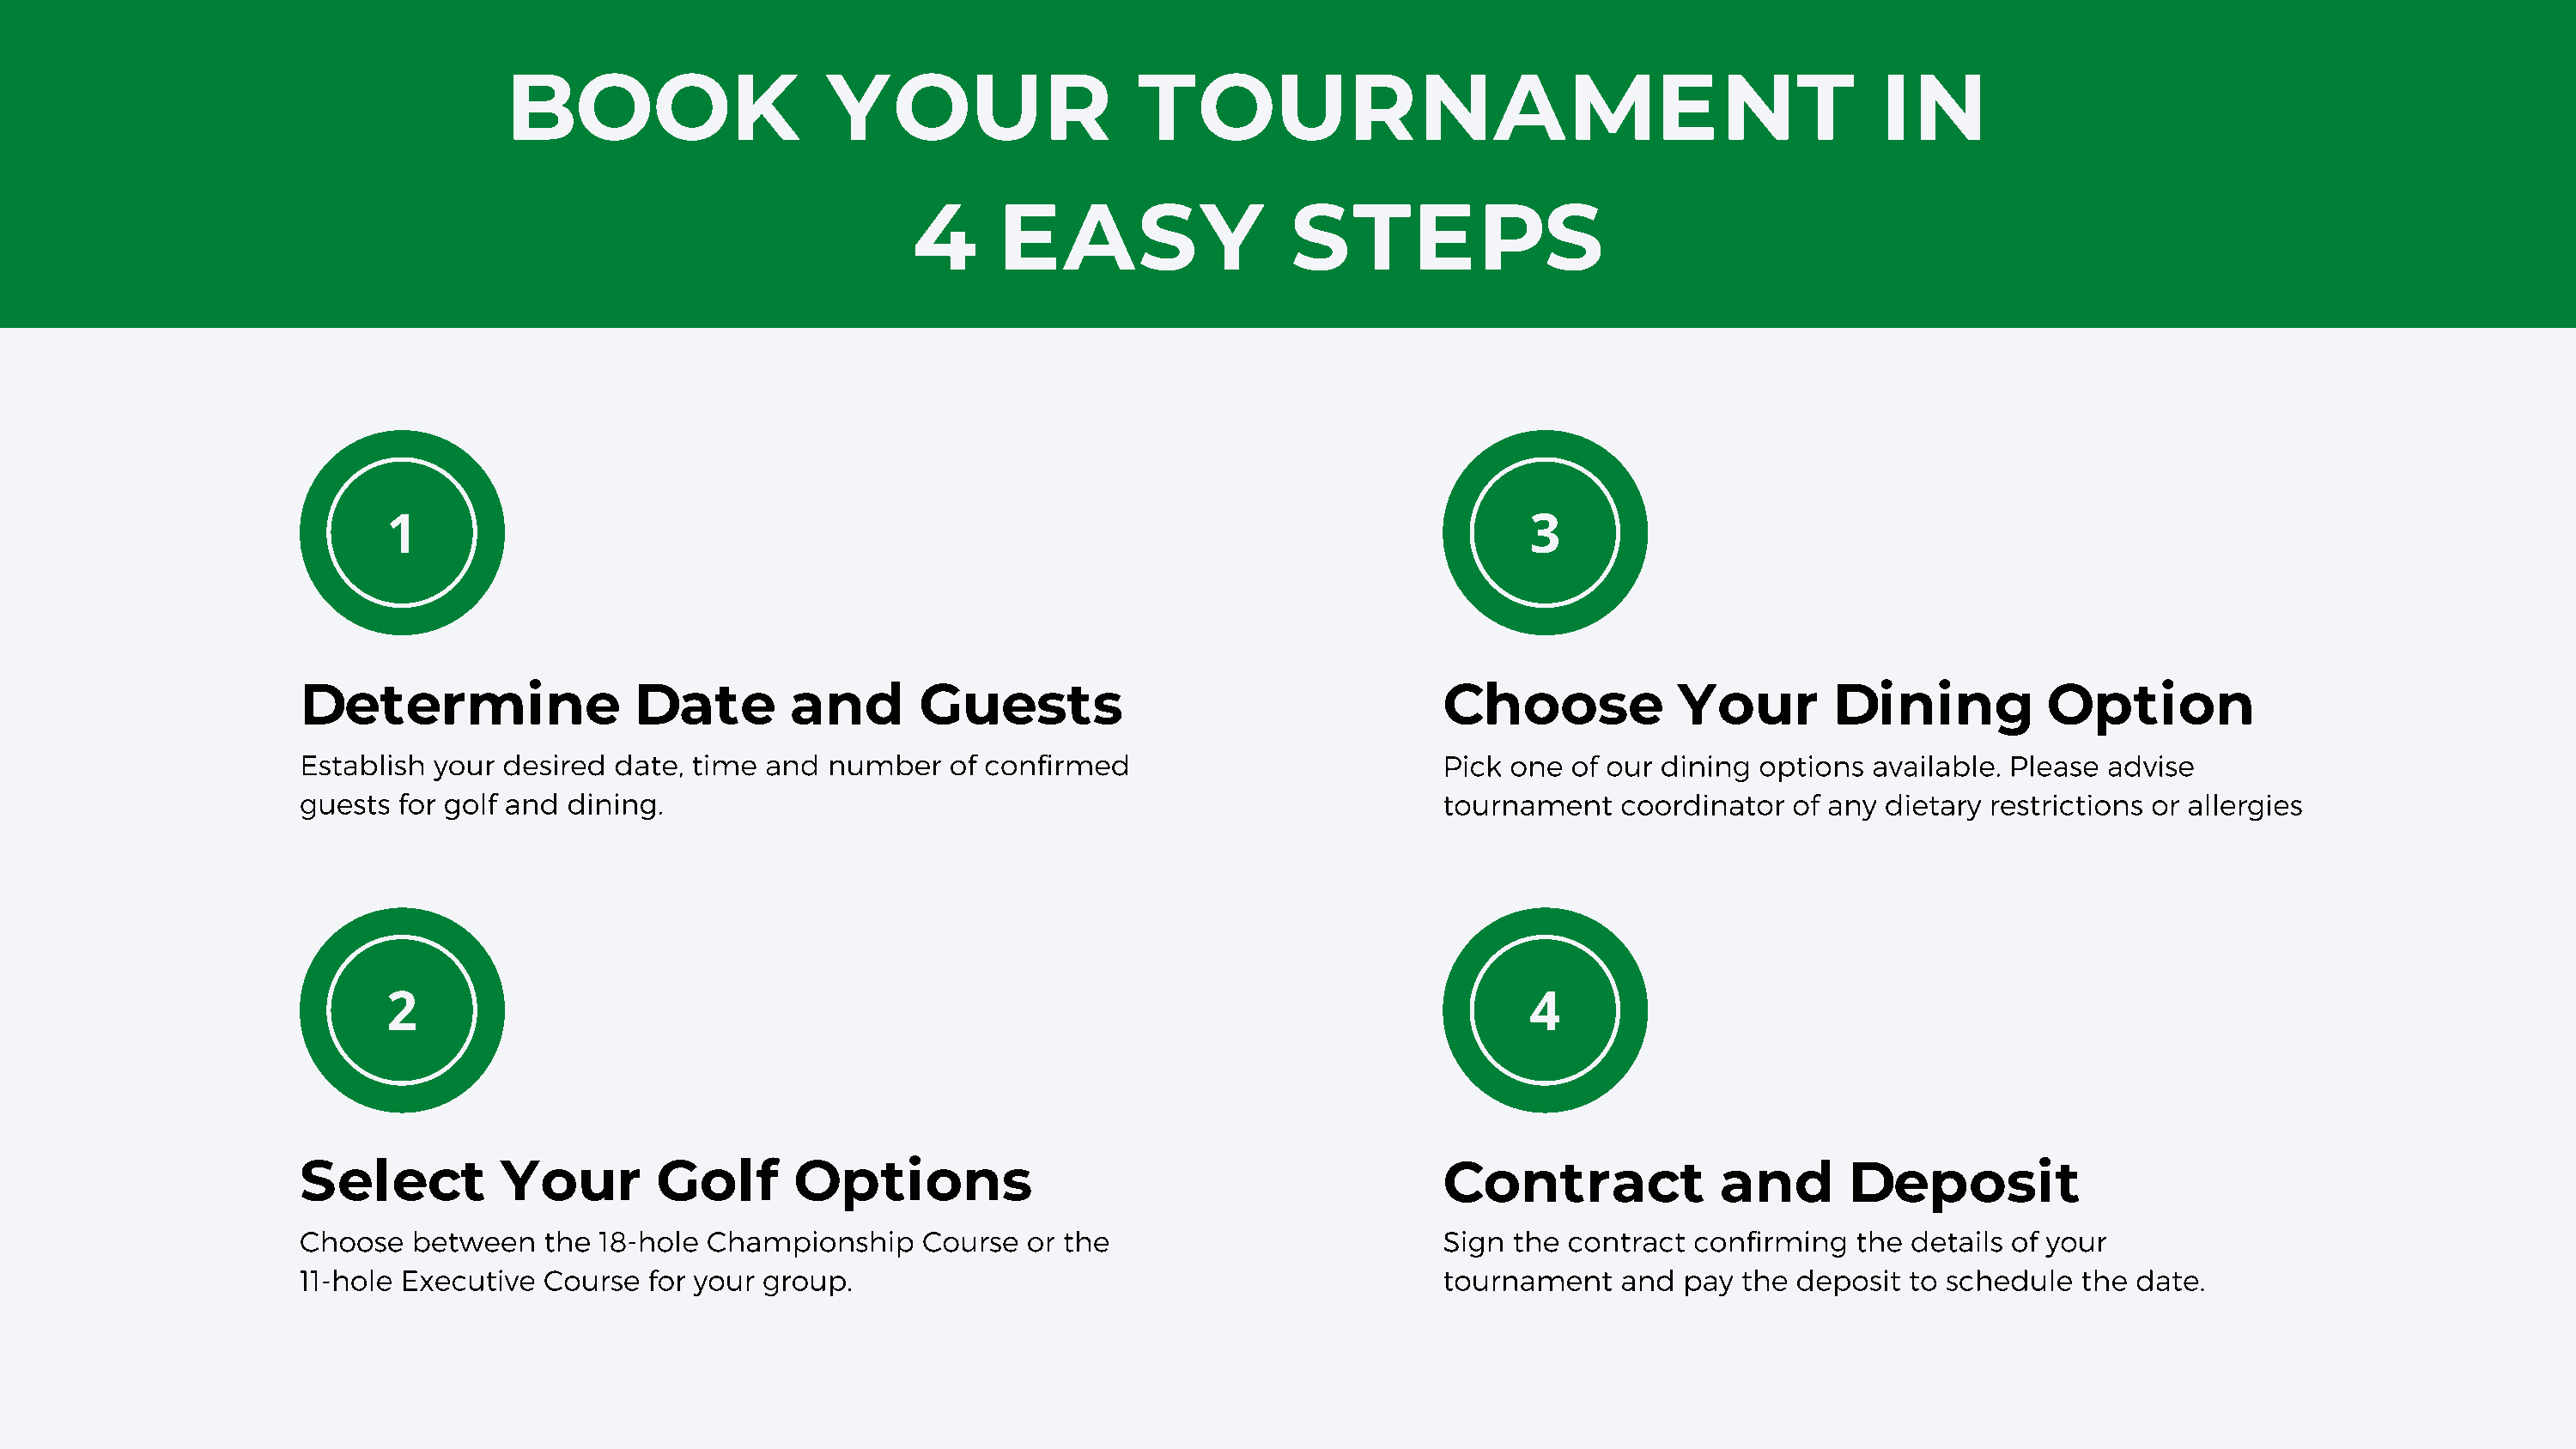
BOOK                     YOUR                    TOURNAMENT                                               IN
 4      EASY                   STEPS
 Determine                 Date        and       Guests                                  Choose            Your        Dining           Option
 Establish your  desired date, time  and  number   of confirmed                          Pick one  of our dining  options available. Please advise
 guests  for golf and dining.                                                            tournament    coordinator  of any dietary restrictions or allergies
 Select          Your        Golf      Options                                           Contract              and       Deposit
 Choose   between   the 18-hole Championship     Course  or the                          Sign  the contract  confirming  the details of your
 11-hole Executive  Course  for your group.                                              tournament    and  pay the deposit  to schedule  the  date.